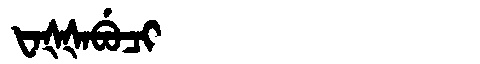
Manchu: ᡶᠠᡧᡧᠠᠪᡠᠴᡳ
Romanization: FAŠŠABUCI